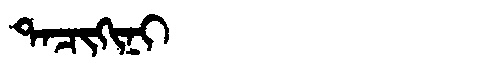
Manchu: ᡨᠠᠴᡳᡴᡳᠨᡳ
Romanization: TACIKINI